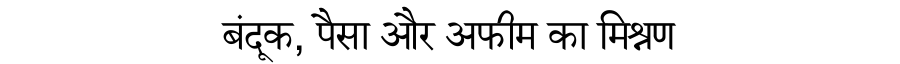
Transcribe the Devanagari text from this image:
बंदूक, पैसा और अफीम का मिश्रण